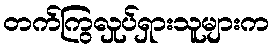
တက်ကြွလှုပ်ရှားသူများက